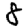
Digit: 8